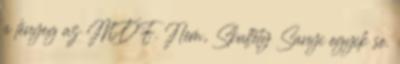
a lényeg az MDF. Nem, Skultéty Sanyi egyik se.